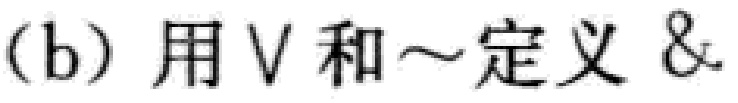
(b) 用$\vee$和$\sim$定义$\&$